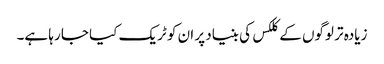
زیادہ تر لوگوں کے کلکس کی بنیاد پر ان کو ٹریک کیا جا رہا ہے۔